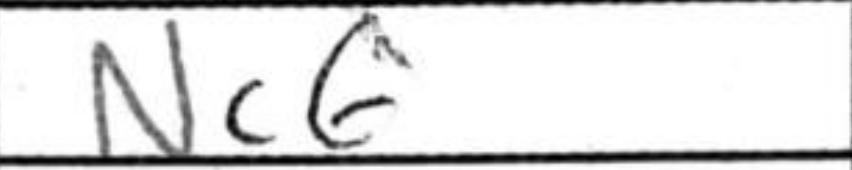
Transcription: Nc6